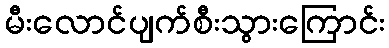
မီးလောင်ပျက်စီးသွားကြောင်း